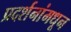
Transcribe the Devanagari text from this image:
प्रदर्शनांमधून